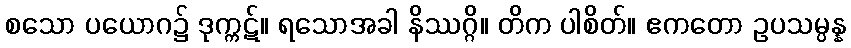
စသော ပယောဂ၌ ဒုက္ကဋ်။ ရသောအခါ နိဿဂ္ဂိ။ တိက ပါစိတ်။ ဧကတော ဥပသမ္ပန္န